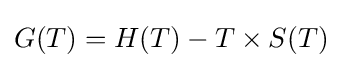
G(T)=H(T)-T\times S(T)